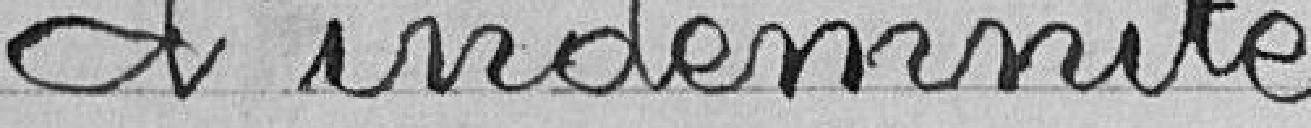
d'indemnité